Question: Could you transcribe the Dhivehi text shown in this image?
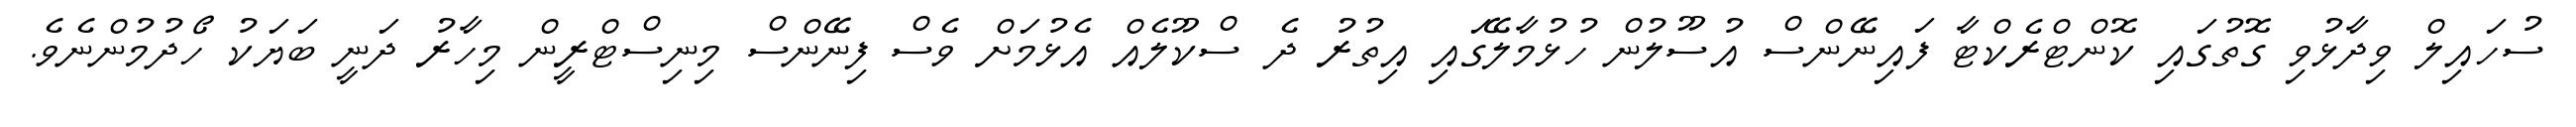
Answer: ސުހައިލް ވިދާޅުވި ގޮތުގައި ކޮންޓްރެކްޓާ ފައިނޭންސް އުސޫލުން ހުޅުމާލޭގައި އިތުރު ދެ ސްކޫލެއް އެޅުމަށް ވެސް ފިނޭންސް މިނިސްޓްރީން މިހާރު ދަނީ ބަޔަކު ހޯދުމުންނެވެ.